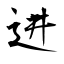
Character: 进